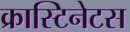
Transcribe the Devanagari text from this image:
क्रास्टिनेटस